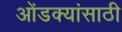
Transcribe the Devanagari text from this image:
ओंडक्यांसाठी